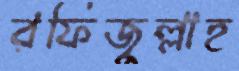
রফিজুল্লাহ